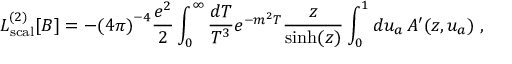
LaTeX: { \cal L } _ { \mathrm { s c a l } } ^ { ( 2 ) } [ B ] = - { ( 4 \pi ) } ^ { - 4 } { \frac { e ^ { 2 } } { 2 } } \int _ { 0 } ^ { \infty } { \frac { d T } { T ^ { 3 } } } e ^ { - m ^ { 2 } T } { \frac { z } { \sinh ( z ) } } \int _ { 0 } ^ { 1 } d u _ { a } \, A ^ { \prime } ( z , u _ { a } ) \; ,